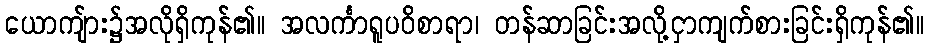
ယောကျ်ား၌အလိုရှိကုန်၏။ အလင်္ကာရူပဝိစာရာ၊ တန်ဆာခြင်းအလို့ငှာကျက်စားခြင်းရှိကုန်၏။